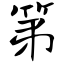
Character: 第